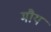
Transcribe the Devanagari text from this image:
मौय